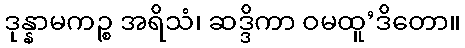
ဒုန္နာမကဉ္စ အရိသံ၊ ဆဒ္ဒိကာ ဝမထူ’ဒိတော။